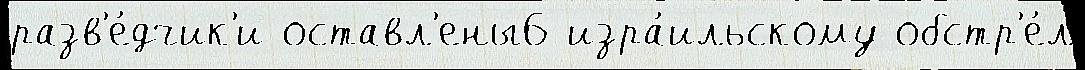
разв'е́дчик'и оставл'ены6 изра́ильскому обстр'е́л